Annual administration report of the Civil Veterinary Department of India - 1902-1903
Year: 1902
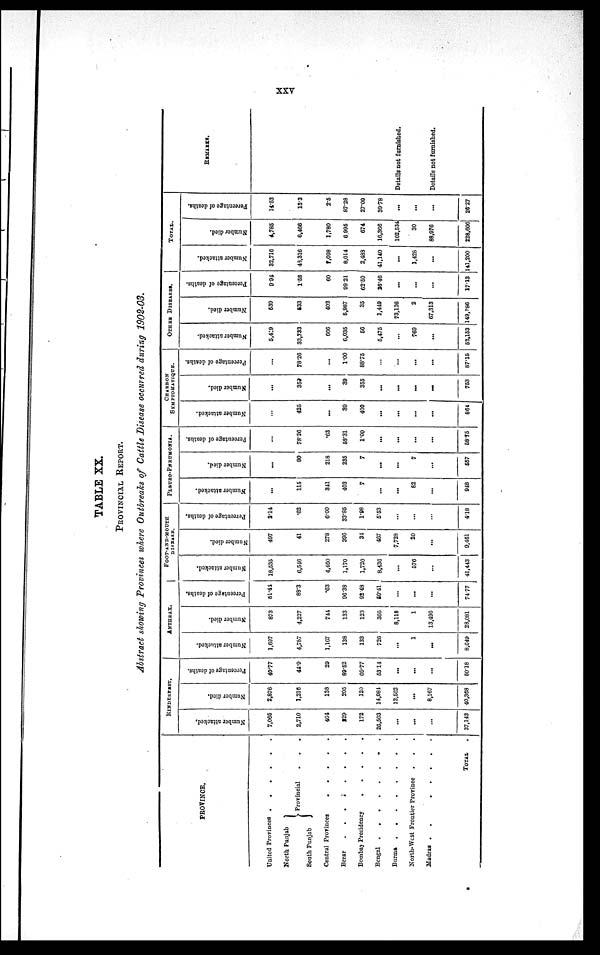
XXV
TABLE XX.
PROVINCIAL REPORT.
Abstract showing Provinces where Outbreaks of Cattle Disease occurred during 1902-03.
PROVINCE.
United Provinces . . . .. .
North Punjab
South Punjab
Provincial
.
.
.
Central Provinces . . . . .
Berar . . . . . . . . .
Bombay Presidency . . . . .
Bengal . . . . . . . .
Burma
.
.
.
.
.
.
.
North-West Frontier Province . . .
Madras .
.
.
.
.
.
TOTAL .
RINDERPEST.
Number attacked.
7,065
2,710
464
829
172
26,503
...
...
...
37,143
Number died.
2,876
1,216
138
205
120
14,084
13,562
...
8,167
40,368
Percentage of deaths.
40.77
44.9
29
89.52
69.77
5314
...
...
...
50.18
ANTHRAX.
Number attacked.
1,697
4,787
1,167
138
133
726
...
1
...
8,619
Number died.
873
4,227
744
133
123
366
8,118
1
13,496
23,081
Percentage of deaths.
51.44
83.3
.63
96.38
9248
50.41
...
...
...
74.77
FOOT-AND-MOUTH
DISEASE.
Number attacked.
18,535
6,546
4,460
1,170
1,720
8,436
...
576
...
41,443
Number died.
497
41
278
396
34
467
7,728
20
...
9,461
Percentage of deaths.
2.14
.62
6.00
33.85
1.98
5.53
...
...
...
4.18
PLEURO-PNEUMONIA.
Number attacked.
...
115
341
403
7
...
...
62
...
948
Number died.
...
90
218
235
7
...
...
7
...
557
Percentage of deaths.
...
78.26
.63
53.31
1.00
...
...
...
...
58.75
CHARBON
SYMPTOMATIQUE.
Number attacked.
...
425
...
39
400
...
...
...
...
864
Number died.
...
359
...
39
355
...
...
...
...
753
Percentage of deaths.
...
78.26
...
1.00
88.75
...
...
...
...
87.15
OTHER DISEASES.
Number attacked.
5,419
33,733
666
6,035
66
5,475
...
769
...
52,153
Number died.
539
533
402
6,987
35
1,449
73,126
2
67,313
149,886
Percentage of deaths.
9.94
1.58
60
99.21
62.50
26.46
...
...
...
17.13
TOTAL.
Number attacked.
32,716
43,316
1,098
8,014
2,483
41,140
...
1,428
...
141,200
Number died.
4,785
6,466
1,780
6.995
674
16,366
102,534
30
88,976
228,606
Percentage of deaths.
14.53
13.3
25
87.28
27.09
39.78
...
...
...
25.27
REMARKS.
Details not furnished.
Details not furnished.